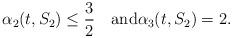
LaTeX: \begin{align*}\alpha_2(t,S_2) \leq \frac{3}{2}\quad\textrm{and}\alpha_3(t,S_2) = 2.\end{align*}